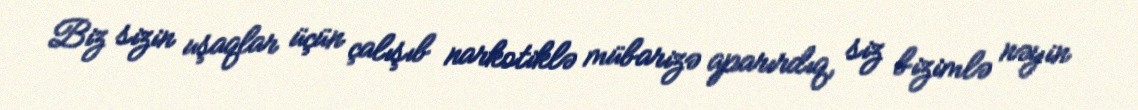
Biz sizin uşaqlar üçün çalışıb narkotiklə mübarizə aparırdıq, siz bizimlə nəyin